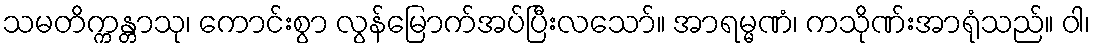
သမတိက္ကန္တာသု၊ ကောင်းစွာ လွန်မြောက်အပ်ပြီးလသော်။ အာရမ္မဏံ၊ ကသိုဏ်းအာရုံသည်။ ဝါ၊